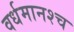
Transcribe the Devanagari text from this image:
वर्धमानश्च